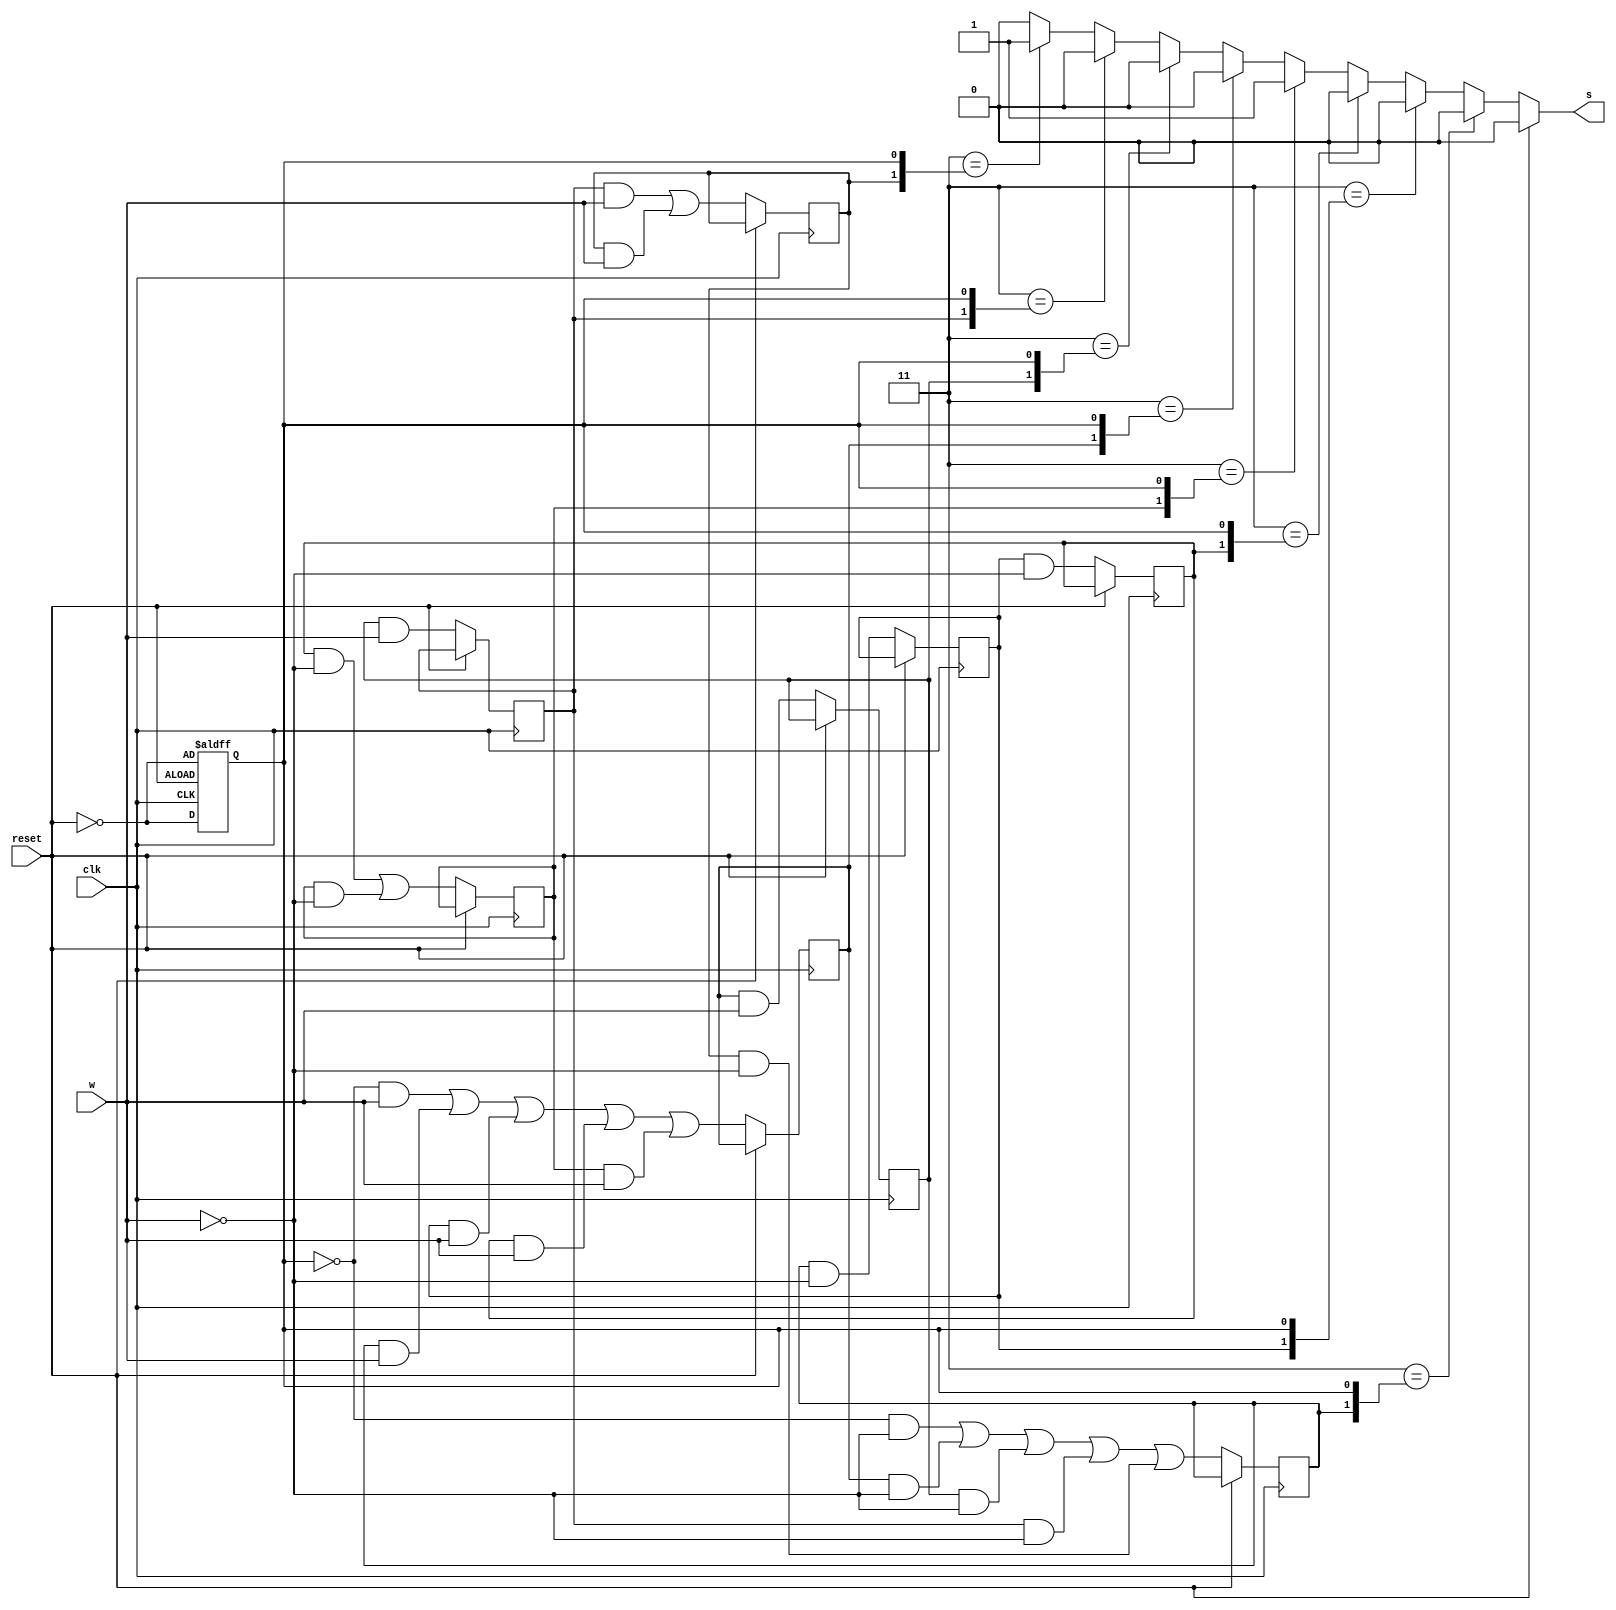
module fsm_ohm (
    input reset,w,clk,
    output reg s
);
    reg A,B,C,D,E,F,G,H,I;

    always @(posedge clk,posedge reset) begin
        if (reset) begin
            A<= ~reset;    
        end
        else begin
            A<= ~reset;
            B<= (~A & ~w) | (F & ~w) | (G & ~w) | (H & ~w) | (I & ~w);
            C<= B & ~w;
            D<= C & ~w;
            E<= (D & ~w) | (E & ~w) ;

            F<= (~A & w) | (B & w) | (C & w) | (D & w) | (E & w);
            G<= F & w;
            H<= G & w;
            I<= (H & w) | (I & w) ;
        end
    end
    always @(A,B,C,D,E,F,G,H,I,reset) begin
        if (reset) begin
            s = 1'b0;
        end
        else begin
            case (2'b11)
                //{A,A} : s = 1'b0;
                {B,A} : s = 1'b0;
                {C,A} : s = 1'b0;
                {D,A} : s = 1'b0;
                {E,A} : s = 1'b1;
                {F,A} : s = 1'b0;
                {G,A} : s = 1'b0;
                {H,A} : s = 1'b0;
                {I,A} : s = 1'b1; 
                default: s = 1'b0;
            endcase
        end      
    end
endmodule